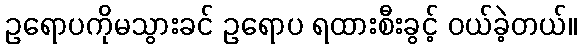
ဥရောပကိုမသွားခင် ဥရောပ ရထားစီးခွင့် ဝယ်ခဲ့တယ်။